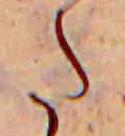
た